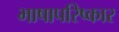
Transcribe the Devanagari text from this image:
भाषापरिष्कार